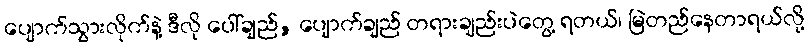
ပျောက်သွားလိုက်နဲ့ ဒီလို ပေါ်ချည်, ပျောက်ချည် တရားချည်းပဲတွေ့ ရတယ်၊ မြဲတည်နေတာရယ်လို့